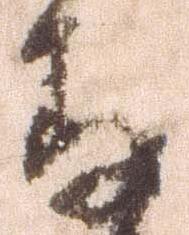
存